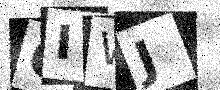
Text: GIWJ